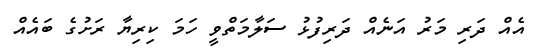
އެއް ދަރި މަރު އަނެއް ދަރިފުޅު ސަލާމަތްވީ ހަމަ ކިރިޔާ ރަށުގެ ބައެއް